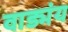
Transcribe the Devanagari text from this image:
वाड्मंय